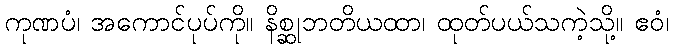
ကုဏပံ၊ အကောင်ပုပ်ကို။ နိစ္ဆုဘတိယထာ၊ ထုတ်ပယ်သကဲ့သို့။ ဧဝံ၊